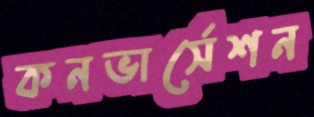
কনভার্সেশন